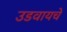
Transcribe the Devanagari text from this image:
उडवायचे